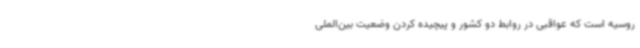
روسیه است که عواقبی در روابط دو کشور و پیچیده کردن وضعیت بین‌الملی